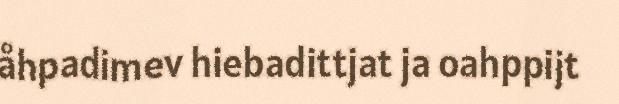
åhpadimev hiebadittjat ja oahppijt